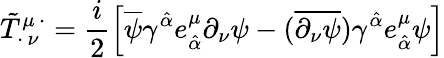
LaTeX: \tilde{T}_{\cdot\, \nu}^{\mu\, \cdot}=\frac{i}{2}\left[\overline{{{\psi}}}\gamma^{\hat{\alpha}}e_{\hat{\alpha}}^{\mu}\partial_{\nu}\psi-(\overline{{{\partial_{\nu}\psi}}})\gamma^{\hat{\alpha}}e_{\hat{\alpha}}^{\mu}\psi\right]